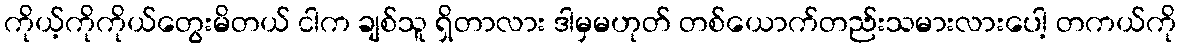
ကိုယ့်ကိုကိုယ်တွေးမိတယ် ငါက ချစ်သူ ရှိတာလား ဒါမှမဟုတ် တစ်ယောက်တည်းသမားလားပေါ့ တကယ်ကို